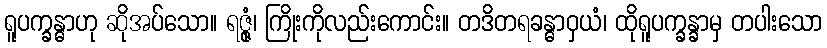
ရူပက္ခန္ဓာဟု ဆိုအပ်သော။ ရဇ္ဇုံ၊ ကြိုးကိုလည်းကောင်း။ တဒိတရခန္ဓာဝှယံ၊ ထိုရူပက္ခန္ခာမှ တပါးသော